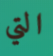
التي